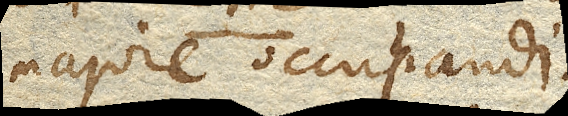
majore occupandi.